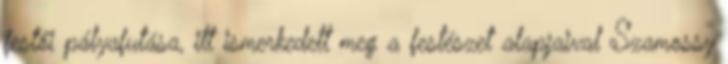
festői pályafutása, itt ismerkedett meg a festészet alapjaival Szamossy